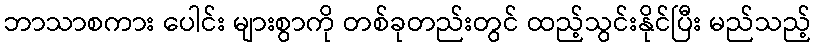
ဘာသာစကား ပေါင်း များစွာကို တစ်ခုတည်းတွင် ထည့်သွင်းနိုင်ပြီး မည်သည့်